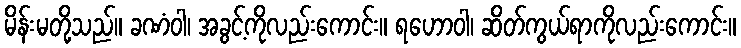
မိန်းမတို့သည်။ ခဏံဝါ၊ အခွင့်ကိုလည်းကောင်း။ ရဟောဝါ၊ ဆိတ်ကွယ်ရာကိုလည်းကောင်း။